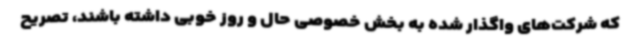
که شرکت‌های واگذار شده به بخش خصوصی حال و روز خوبی داشته باشند، تصریح